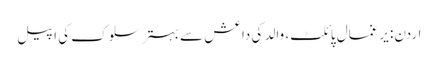
اردن: یرغمال پائلٹ، والد کی داعش سے بہتر سلوک کی اپیل